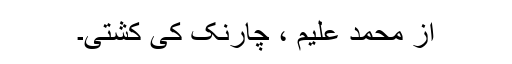
از محمد علیم ، چارنک کی کشتی۔